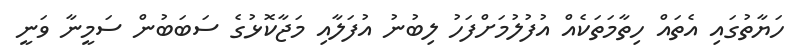
ހަޔާތުގައި އެތައް ހިތާމަތަކެއް އުފުލުމަށްފަހު ލިބުނު އުފަލާއި މަޖާކޮޅުގެ ސަބަބުން ސަމީނާ ވަނީ